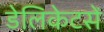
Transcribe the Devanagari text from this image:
डेलिकेटसें